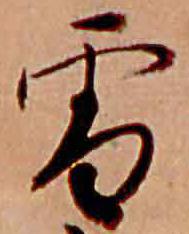
雪